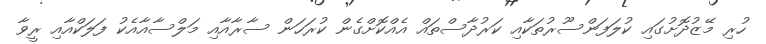
ހުރި މޭޒުދޮށުގައި ކުލަފަންސޫރުތަކާއި ކަރުދާސްތައް އެއްކޮށްގެން ކުރަހަން ސާރާއާއި މަލްސާއާއެކު ފަލަކްއާއި ރީވާ